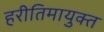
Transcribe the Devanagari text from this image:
हरीतिमायुक्‍त